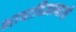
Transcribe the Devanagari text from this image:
भाषाविज्ञानाची